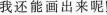
我还能画出了呢！